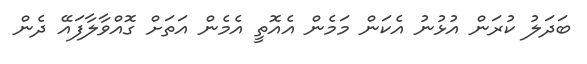
ބަދަލު ކުރަން އުޅުނު އެކަން މަމެން އެއޮތީ އެމެން އަަތަށް ގޮއްވާލާފައޭ ދެން